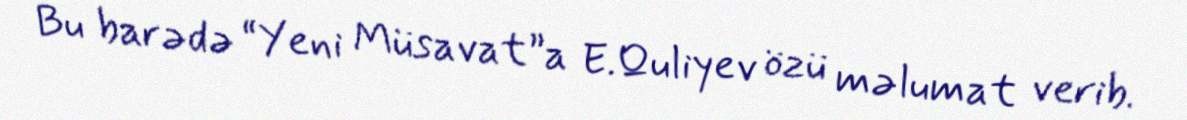
Bu barədə “Yeni Müsavat”a E.Quliyev özü məlumat verib.